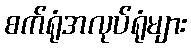
စက်ရုံအလုပ်ရုံများ